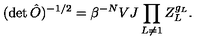
( \det \hat { O } ) ^ { - 1 / 2 } = \beta ^ { - N } V J \prod _ { L \neq 1 } Z _ { L } ^ { g _ { L } } .